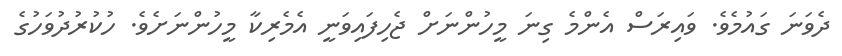
ދެވަނަ ގައުމެވެ. ވައިރަސް އެންމެ ގިނަ މީހުންނަށް ޖެހިފައިވަނީ އެމެރިކާ މީހުންނަށެވެ. ހުކުރުދުވަހުގެ